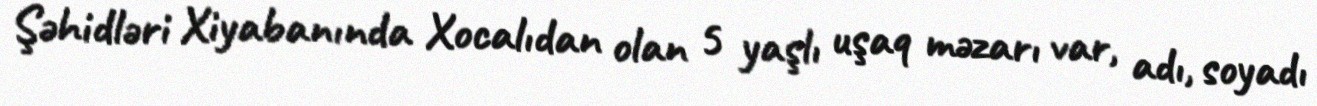
Şəhidləri Xiyabanında Xocalıdan olan 5 yaşlı uşaq məzarı var, adı, soyadı